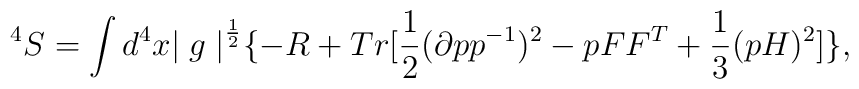
^4S = \int d^4x {\mid g \mid}^{\frac {1}{2}} \{ - R+Tr [ \frac {1}{2}(\partial p p^{-1})^2 - pFF^T + \frac {1}{3}(pH)^2] \},